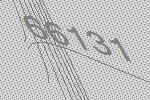
66131